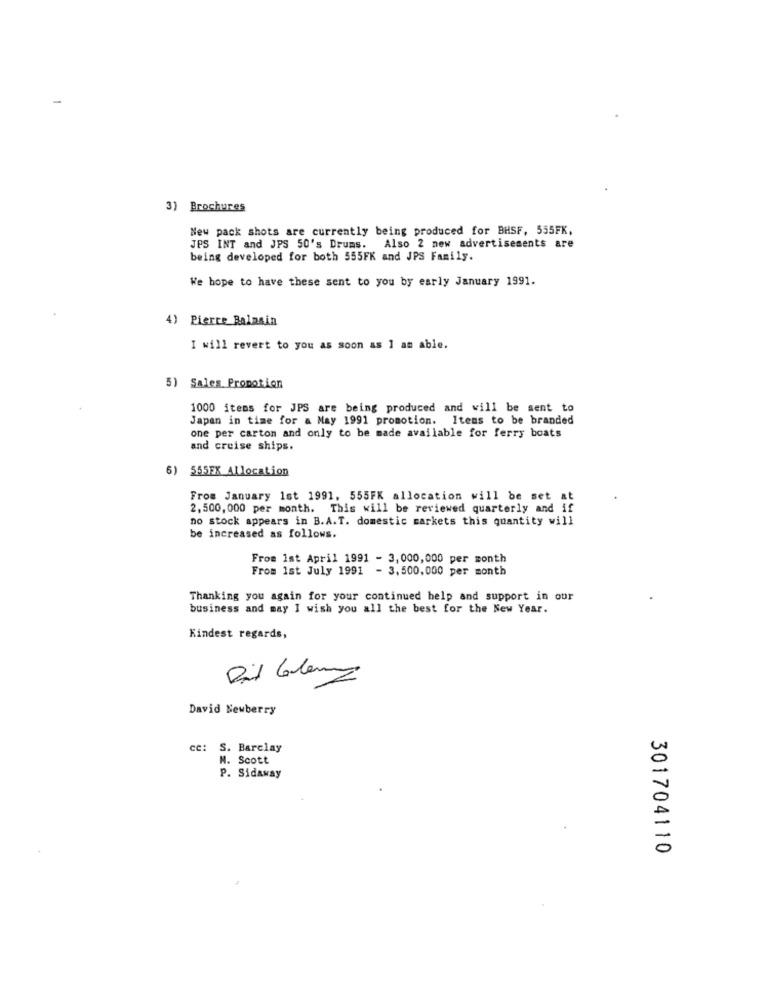
3) Brochures
New pack shots are currently being produced for BHSF, 555FK,
JPS INT and JPS 50's Drums. Also 2 new advertisements are
being developed for both 555FK and JPS Family.
We hope to have these sent to you by early January 1991.
4) Pierre Balmain
I will revert to you as soon as I am able.
5) Sales Promotion
1000 items for JPS are being produced and will be sent to
Japan in time for a May 1991 promotion. Items to be branded
one per carton and only to be made available for ferry boats
and cruise ships.
6) 555EX Allocation
From January 1st 1991, 555FK allocation will be set at
2,500, 000 per month. This will be reviewed quarterly and if
no stock appears in B.A.T. domestic markets this quantity will
be increased as follows.
From 1st April 1991 - 3,000,000 per month
From 1st July 1991 - 3,500,000 per month
Thanking you again for your continued help and support in our
business and may I wish you all the best for the New Year.
Kindest regards,
Dix Calenz
David Newberry
cc: S. Barclay
M. Scott
P. Sidaway
301704110